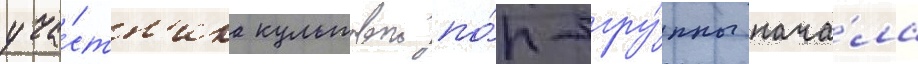
уча́стн'ика культовои по́п-гру́ппы нача́ла